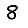
Digit: 8